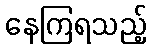
နေကြရသည့်